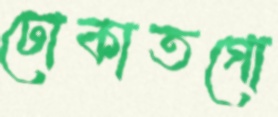
ঢোকাতগো